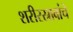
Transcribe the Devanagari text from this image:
शरीरस्रावांचे